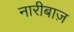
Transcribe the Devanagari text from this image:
नारीबाज़